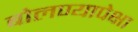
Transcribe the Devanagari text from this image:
बोलण्यापेक्षा